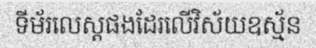
ទីម័រលេស្តផងដែរលើវិស័យឧស្ម័ន